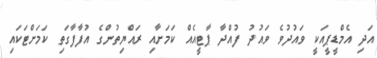
އަދި އެމްޑީޕީއަކީ ވައުދުވެ ވައުދު ފުއްދާ ޕާޓީއެއް ކަމަށާއި ރައްޔިތުންގެ އުފާފާގަތި ކަމަށްޓަކައި